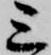
三